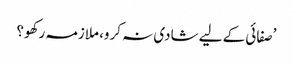
’صفائی کے لیے شادی نہ کرو، ملازمہ رکھو؟